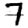
Digit: 7